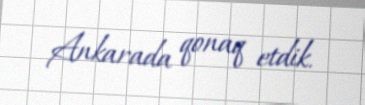
Ankarada qonaq etdik.